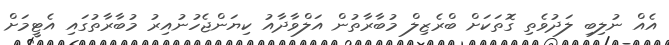
އެއް ނުލިބި ލަދުވެތި ގޮތަކަށް ބްރެޒިލް މުބާރާތުން އަލްވާދާއު ކިޔަންޖެހުނުއިރު މުބާރާތުގައި އެޓީމަށް